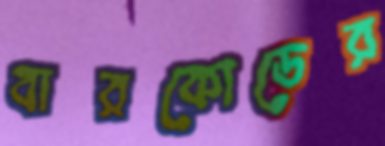
বারকোডের